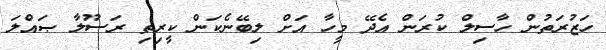
ހަޒުރަތުން ހާސިލް ކުރަން އެދޭ މީހާ އަށް ލިބޭނެކަން ކީރިތި ރަސޫލާ ޞައްލަ